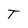
Character: T